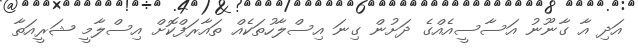
އަދި އާ ގާނޫނު އަސާސީއެއްގެ ދަށުން ގިނަ އިސްލާހުތަކެއް ތައާރަފްކޮށް އިސްލާމީ ޝަރީއަތާ